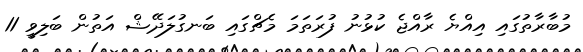
މުބާރާތުގައި އިއްޔެ ރާއްޖެ ކުޅުނު ފުރަތަމަ މެޗްގައި ބަނގުލަދޭޝް އަތުން ބަލިވީ 11